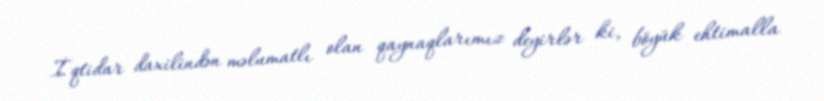
İqtidar daxilindən məlumatlı olan qaynaqlarımız deyirlər ki, böyük ehtimalla